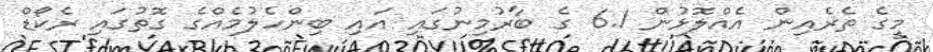
މީގެ ތެރެއިން އެއްލޮޅުން 6.1 ގެ ބާރުމިނުގައި އައި ބިންހެލުމެއްގެ ގޮތުގައި ރެކޯޑް